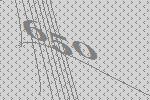
650